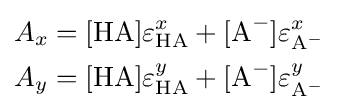
{\begin{aligned}A_{x}&=[{\ce {HA}}]\varepsilon _{{\ce {HA}}}^{x}+[{\ce {A-}}]\varepsilon _{{\ce {A-}}}^{x}\\A_{y}&=[{\ce {HA}}]\varepsilon _{{\ce {HA}}}^{y}+[{\ce {A-}}]\varepsilon _{{\ce {A-}}}^{y}\end{aligned}}